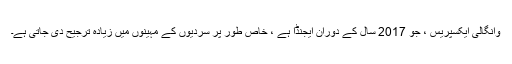
وانگالی ایکسپریس ، جو 2017 سال کے دوران ایجنڈا ہے ، خاص طور پر سردیوں کے مہینوں میں زیادہ ترجیح دی جاتی ہے۔